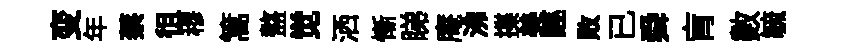
变年蔡徂穆篙盩觉洒慚睇庵沸揲美誣敗已舜肓數毓